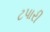
ટપારી